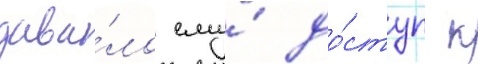
дава́ло ему́ до́ступ к